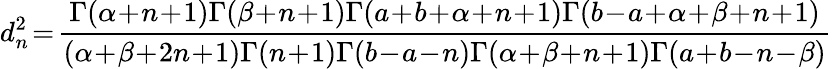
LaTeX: d_{n}^{2}\! =\! \frac{\Gamma(\alpha\! +\! n\! +\! 1)\Gamma(\beta\! +\! n\! +\! 1)\Gamma(a\! +\! b\! +\! \alpha\! +\! n\! +\! 1)\Gamma(b\! -\! a\! +\! \alpha\! +\! \beta\! +\! n\! +\! 1)}{(\alpha\! +\! \beta\! +\! 2n\! +\! 1)\Gamma(n\! +\! 1)\Gamma(b\! -\! a\! -\! n)\Gamma(\alpha\! +\! \beta\! +\! n\! +\! 1)\Gamma(a\! +\! b\! -\! n\! -\! \beta)}